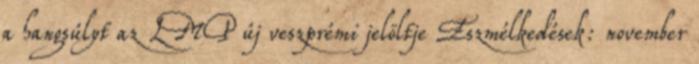
a hangsúlyt az LMP új veszprémi jelöltje Eszmélkedések: november